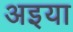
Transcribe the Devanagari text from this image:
अइया